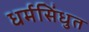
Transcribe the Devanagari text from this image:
धर्मसिंधुत